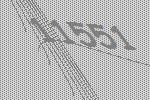
11551